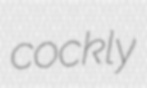
cockly